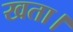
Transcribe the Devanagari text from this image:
खता।